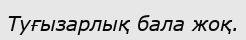
Туғызарлық бала жоқ.